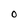
Character: O